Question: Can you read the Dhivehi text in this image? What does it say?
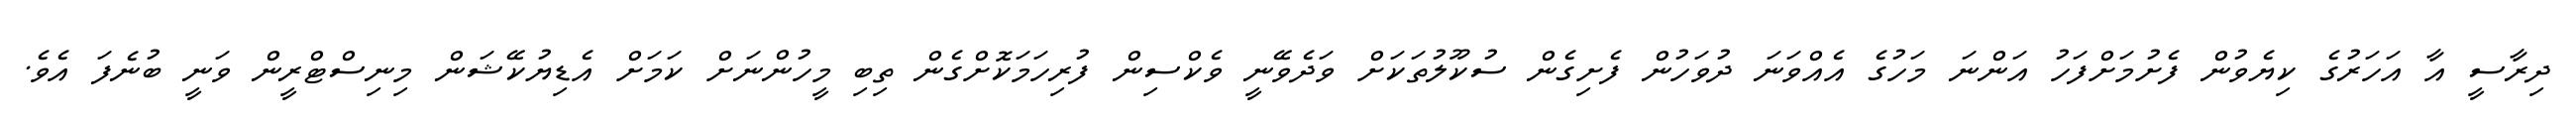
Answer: ދިރާސީ އާ އަހަރުގެ ކިޔެވުން ފެށުމަށްފަހު އަންނަ މަހުގެ އެއްވަނަ ދުވަހުން ފެށިގެން ސުކޫލުތަކަށް ވަދެވޭނީ ވެކްސިން ފުރިހަމަކޮށްގެން ތިބި މީހުންނަށް ކަމަށް އެޑިޔުކޭޝަން މިނިސްޓްރީން ވަނީ ބުނެފަ އެވެ.